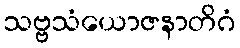
သဗ္ဗသံယောဇနာတိဂံ